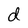
Character: d